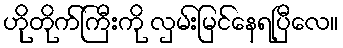
ဟိုတိုက်ကြီးကို လှမ်းမြင်နေရပြီလေ။